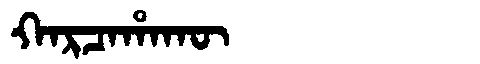
Manchu: ᡴᠠᡵᠴᠠᡥᠠᡴᡡ
Romanization: KARCAHAKŪ